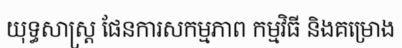
យុទ្ធសាស្ត្រ ផែនការសកម្មភាព កម្មវិធី និងគម្រោង